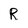
Character: R